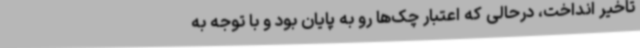
تاخیر انداخت، درحالی که اعتبار چک‌ها رو به پایان بود و با توجه به